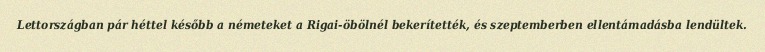
Lettországban pár héttel később a németeket a Rigai-öbölnél bekerítették, és szeptemberben ellentámadásba lendültek.